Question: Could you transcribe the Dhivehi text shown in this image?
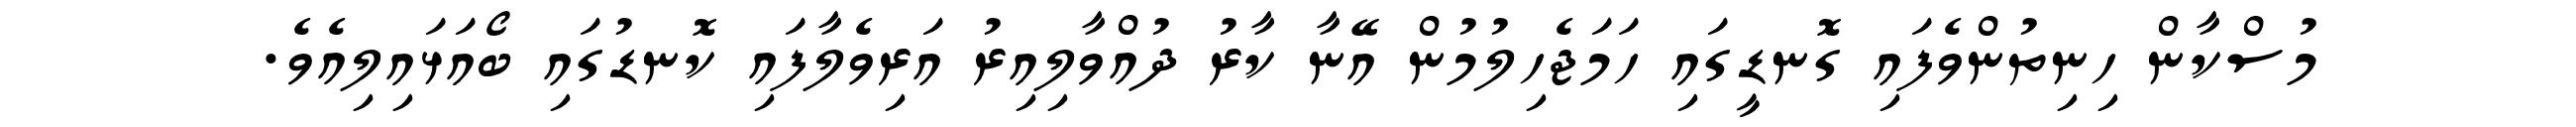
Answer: މުސްކާން ހިނިތުންވެފައި ގޮނޑީގައި ހަމަޖެހިލުމުން އޭނާ ކާރު ދުއްވާލިއިރު އަރިވެލާފައި ކޮނޑުގައި ބޯއަޅައިލިއެވެ.